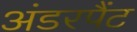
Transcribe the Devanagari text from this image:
अंडरपैंट